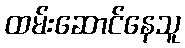
ထမ်းဆောင်နေသူ